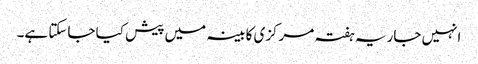
انہیں جاریہ ہفتہ مرکزی کابینہ میں پیش کیا جاسکتا ہے۔